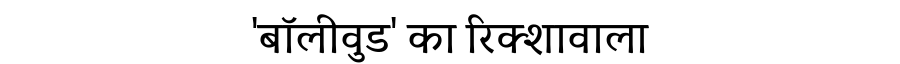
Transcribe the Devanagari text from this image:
'बॉलीवुड' का रिक्शावाला